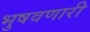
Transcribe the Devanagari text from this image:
भुषवणारी